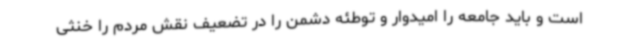
است و باید جامعه را امیدوار و توطئه دشمن را در تضعیف نقش مردم را خنثی